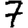
Digit: 7